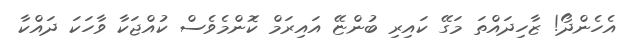
އެހެންދޯ! ޒާހިދައްތަ މަގޭ ކައިރި ބުންޏޭ އައިރަމް ކަޮންމެވެސް ކުއްޖަކާ ވާހަކަ ދައްކާ